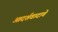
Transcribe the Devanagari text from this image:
आदर्शवादाचे